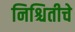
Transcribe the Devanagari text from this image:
निश्चितीचे